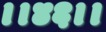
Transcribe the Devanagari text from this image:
।।४६।।